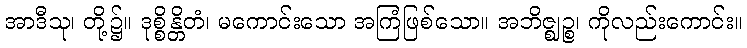
အာဒီသု၊ တို့၌။ ဒုစ္စိန္တိတံ၊ မကောင်းသော အကြံဖြစ်သော။ အဘိဇ္ဈဉ္စ၊ ကိုလည်းကောင်း။